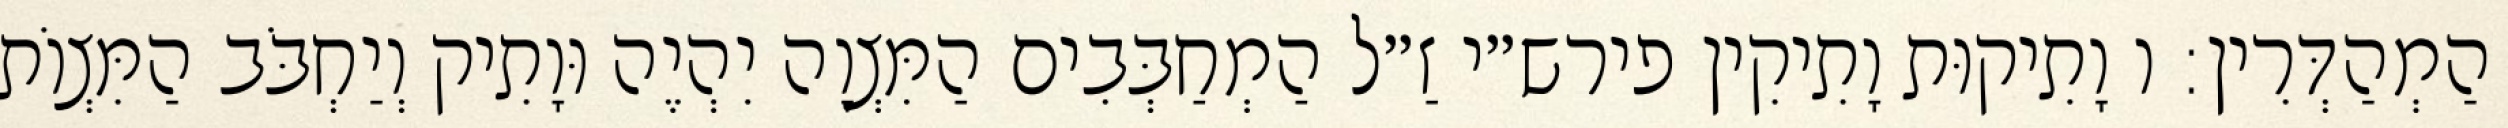
הַמְהַדְּרִין: ו וָתִיקוּת וָתִיקִין פירש״י זַ״ל הַמְחַבְּבִים הַמִּצְוָה יִהְיֶה וּוָתִיק וְיַחְבֹּב הַמִּצְוֹת